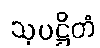
သုပဋ္ဌိတံ